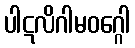
ပါဋလိဂါမဝဂ္ဂေါ